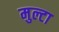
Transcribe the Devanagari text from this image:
मुल्टा